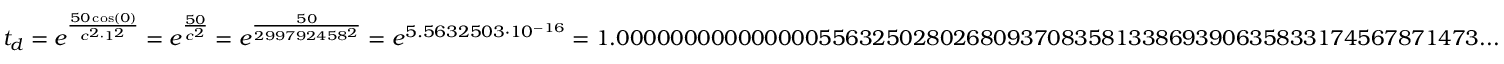
t _ { d } = e ^ { \frac { 5 0 \cos ( 0 ) } { c ^ { 2 } \cdot 1 ^ { 2 } } } = e ^ { \frac { 5 0 } { c ^ { 2 } } } = e ^ { \frac { 5 0 } { 2 9 9 7 9 2 4 5 8 ^ { 2 } } } = e ^ { 5 . 5 6 3 2 5 0 3 \cdot 1 0 ^ { - 1 6 } } = 1 . 0 0 0 0 0 0 0 0 0 0 0 0 0 0 0 5 5 6 3 2 5 0 2 8 0 2 6 8 0 9 3 7 0 8 3 5 8 1 3 3 8 6 9 3 9 0 6 3 5 8 3 3 1 7 4 5 6 7 8 7 1 4 7 3 . . .